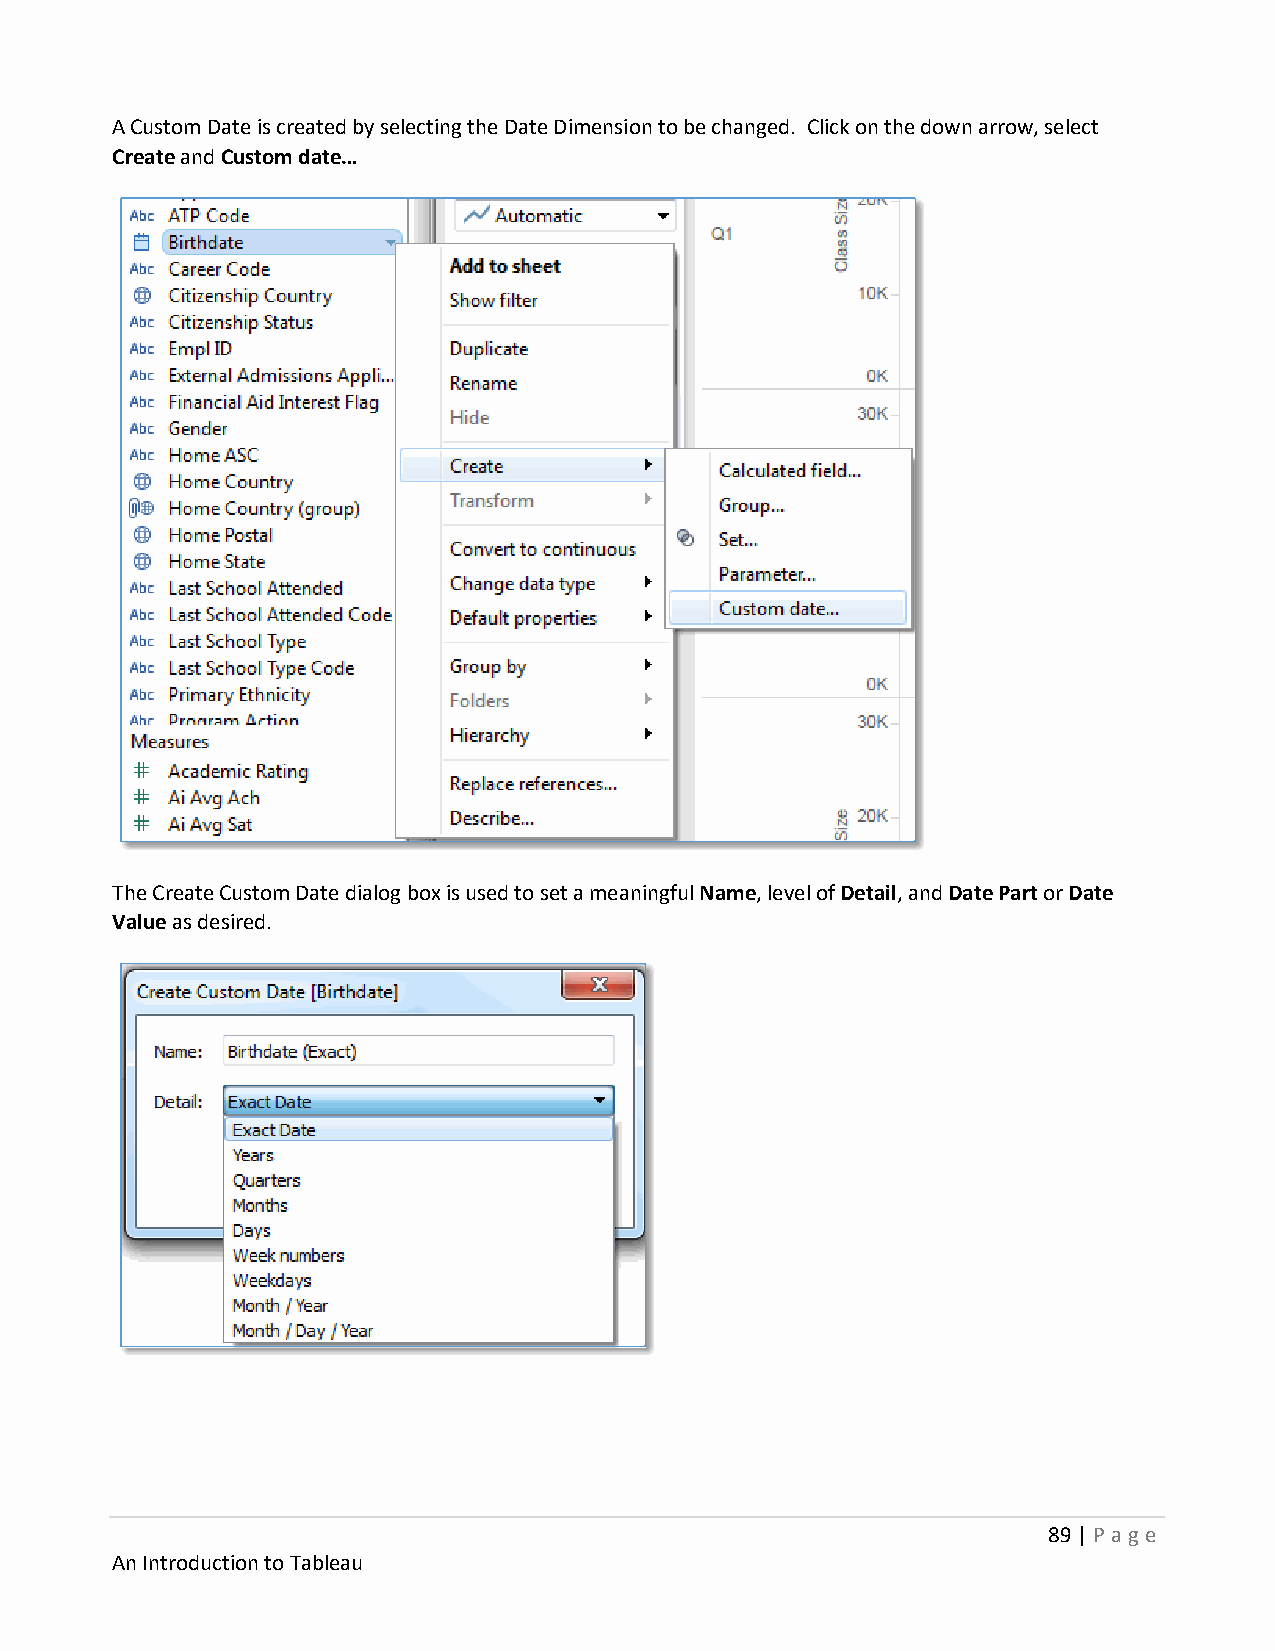
A Custom Date is created by selecting the Date Dimension to be changed. Click on the down arrow, select
 Create and Custom date…
 The Create Custom Date dialog box is used to set a meaningful Name, level of Detail, and Date Part or Date
 Value as desired.
 89 | P age
 An Introduction to Tableau